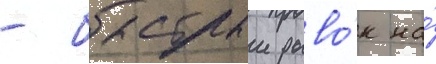
- быстрыи рыво́к на́